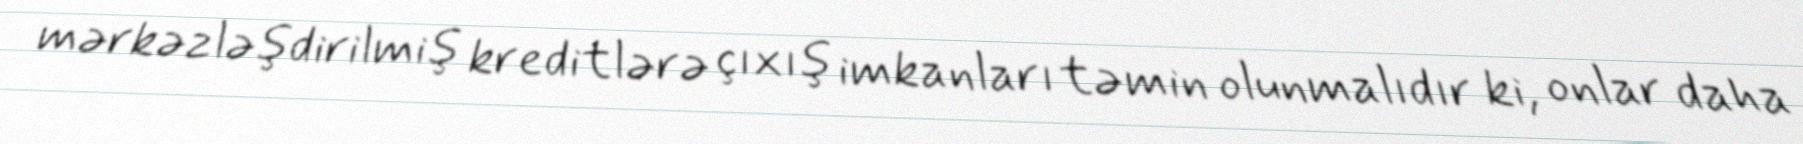
mərkəzləşdirilmiş kreditlərə çıxış imkanları təmin olunmalıdır ki, onlar daha